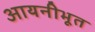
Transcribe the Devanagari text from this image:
आयनीभूत